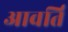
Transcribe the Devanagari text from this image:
आवर्ति